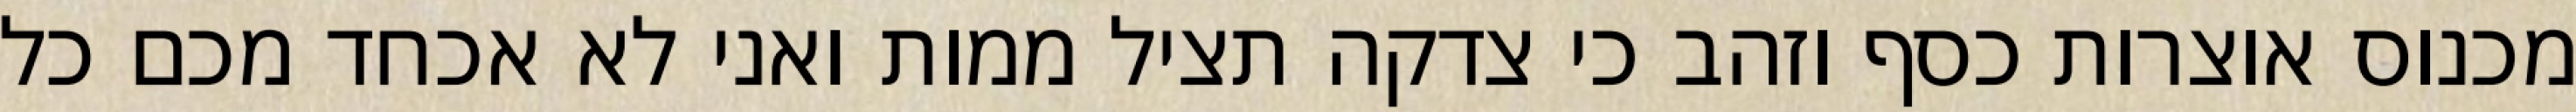
מכנוס אוצרות כסף וזהב כי צדקה תציל ממות ואני לא אכחד מכם כל